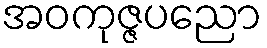
အဝကုဇ္ဇပညော